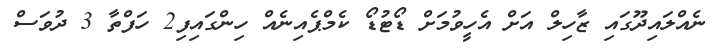
ނެއްލައިދޫގައި ޒާހިލް އަށް އެހީވުމަށް ޑޯޓުޑޯ ކެމްޕެއިނެއް ހިންގައިފި2 ހަފްތާ 3 ދުވަސް